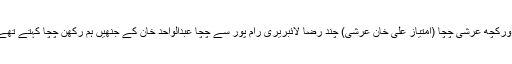
کچھ قریب ترین رشتہ داروں کے اورکچھ عرشی چچا (امتیاز علی خان عرشی) چند رضا لائبریری رام پور سے چچا عبدالواحد خان کے جنھیں ہم رکھن چچا کہتے تھے اور جوگندر پال کے پوسٹ کارڈ۔